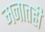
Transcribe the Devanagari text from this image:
मनातही